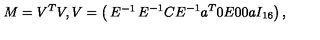
M = V ^ { T } V , V = \left( \begin{matrix} { E ^ { - 1 } } & { E ^ { - 1 } C } & { E ^ { - 1 } a ^ { T } } \\ { 0 } & { E } & { 0 } \\ { 0 } & { a } & { I _ { 1 6 } } \\ \end{matrix} \right) ,